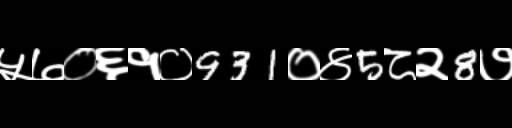
Text: ५७०६१०931०४5८२8७